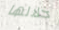
خلالها